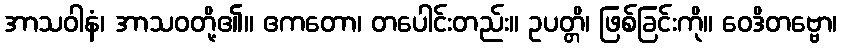
အာသဝါနံ၊ အာသဝတို့၏။ ဧကတော၊ တပေါင်းတည်း။ ဥပတ္တိ၊ ဖြစ်ခြင်းကို။ ဝေဒိတဗ္ဗော၊